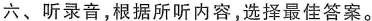
六、听录音,根据所听内容,选择最佳答案.